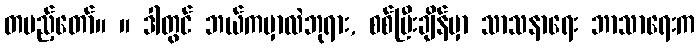
တပည့်တော်။ ။ ဒါတွင် ဘယ်ကမှာလဲဘုရား, စစ်ပြီးချိန်မှာ သာသနာရေး ဘာသာရေးက